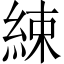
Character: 綀